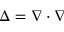
\Delta = \nabla \cdot \nabla